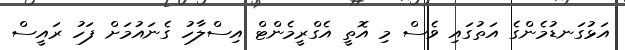
އަޅުގަނޑުމެންގެ އަތުގައި ވެސް މި އޮތީ އެގްރީމެންޓް އިސްލާހު ގެނައުމަށް ފަހު ރައީސް